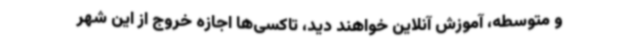
و متوسطه، آموزش آنلاین خواهند دید، تاکسی‌ها اجازه خروج از این شهر